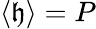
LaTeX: \langle\mathfrak{h}\rangle=P